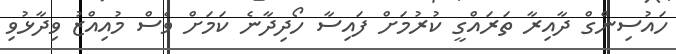
ހައުސިންގް ދާއިރާ ތަރައްގީ ކުރުމަށް ފައިސާ ހޯދިދާނެ ކަމަށް ވެސް މުއިއްޒު ވިދާޅުވި